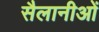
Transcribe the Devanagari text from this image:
सैलानीओं